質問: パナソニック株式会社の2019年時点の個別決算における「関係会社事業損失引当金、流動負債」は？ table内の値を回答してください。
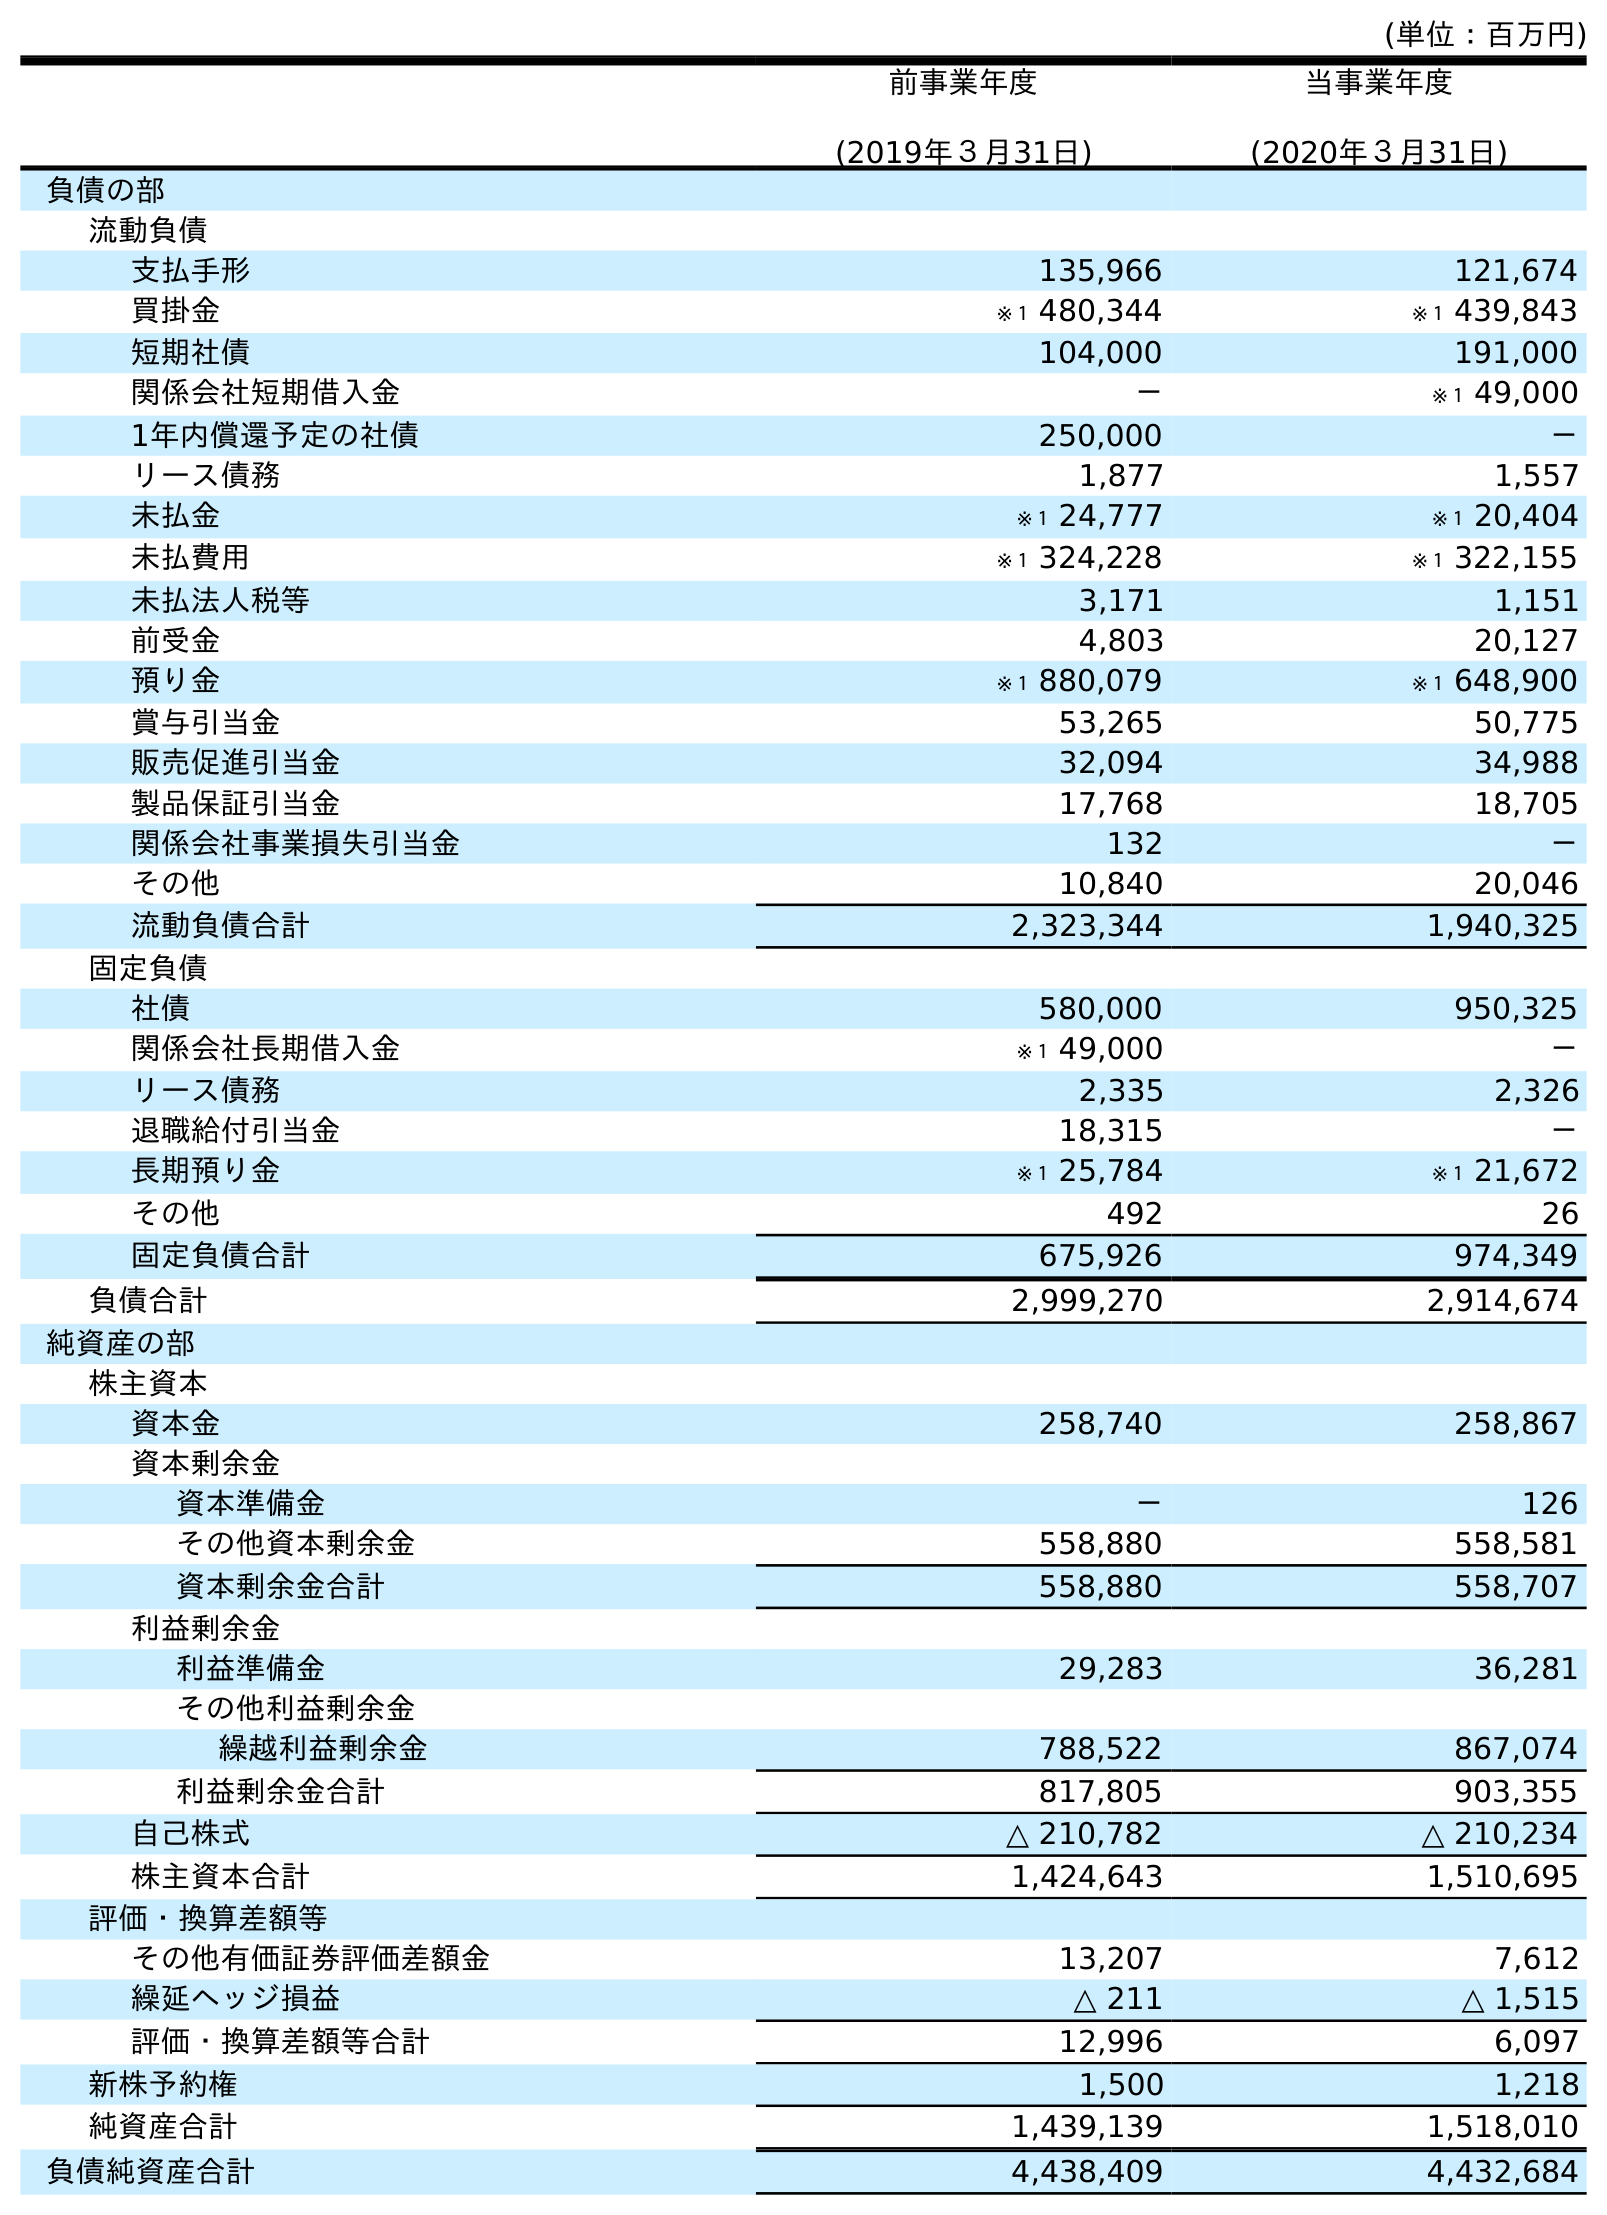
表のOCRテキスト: (単位：百万円) 前事業年度 (2019年３月31日) 当事業年度 (2020年３月31日) 負債の部 流動負債 支払手形 135,966 121,674 買掛金 ※１ 480,344 ※１ 439,843 短期社債 104,000 191,000 関係会社短期借入金 － ※１ 49,000 1年内償還予定の社債 250,000 － リース債務 1,877 1,557 未払金 ※１ 24,777 ※１ 20,404 未払費用 ※１ 324,228 ※１ 322,155 未払法人税等 3,171 1,151 前受金 4,803 20,127 預り金 ※１ 880,079 ※１ 648,900 賞与引当金 53,265 50,775 販売促進引当金 32,094 34,988 製品保証引当金 17,768 18,705 関係会社事業損失引当金 132 － その他 10,840 20,046 流動負債合計 2,323,344 1,940,325 固定負債 社債 580,000 950,325 関係会社長期借入金 ※１ 49,000 － リース債務 2,335 2,326 退職給付引当金 18,315 － 長期預り金 ※１ 25,784 ※１ 21,672 その他 492 26 固定負債合計 675,926 974,349 負債合計 2,999,270 2,914,674 純資産の部 株主資本 資本金 258,740 258,867 資本剰余金 資本準備金 － 126 その他資本剰余金 558,880 558,581 資本剰余金合計 558,880 558,707 利益剰余金 利益準備金 29,283 36,281 その他利益剰余金 繰越利益剰余金 788,522 867,074 利益剰余金合計 817,805 903,355 自己株式 △ 210,782 △ 210,234 株主資本合計 1,424,643 1,510,695 評価・換算差額等 その他有価証券評価差額金 13,207 7,612 繰延ヘッジ損益 △ 211 △ 1,515 評価・換算差額等合計 12,996 6,097 新株予約権 1,500 1,218 純資産合計 1,439,139 1,518,010 負債純資産合計 4,438,409 4,432,684
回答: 132